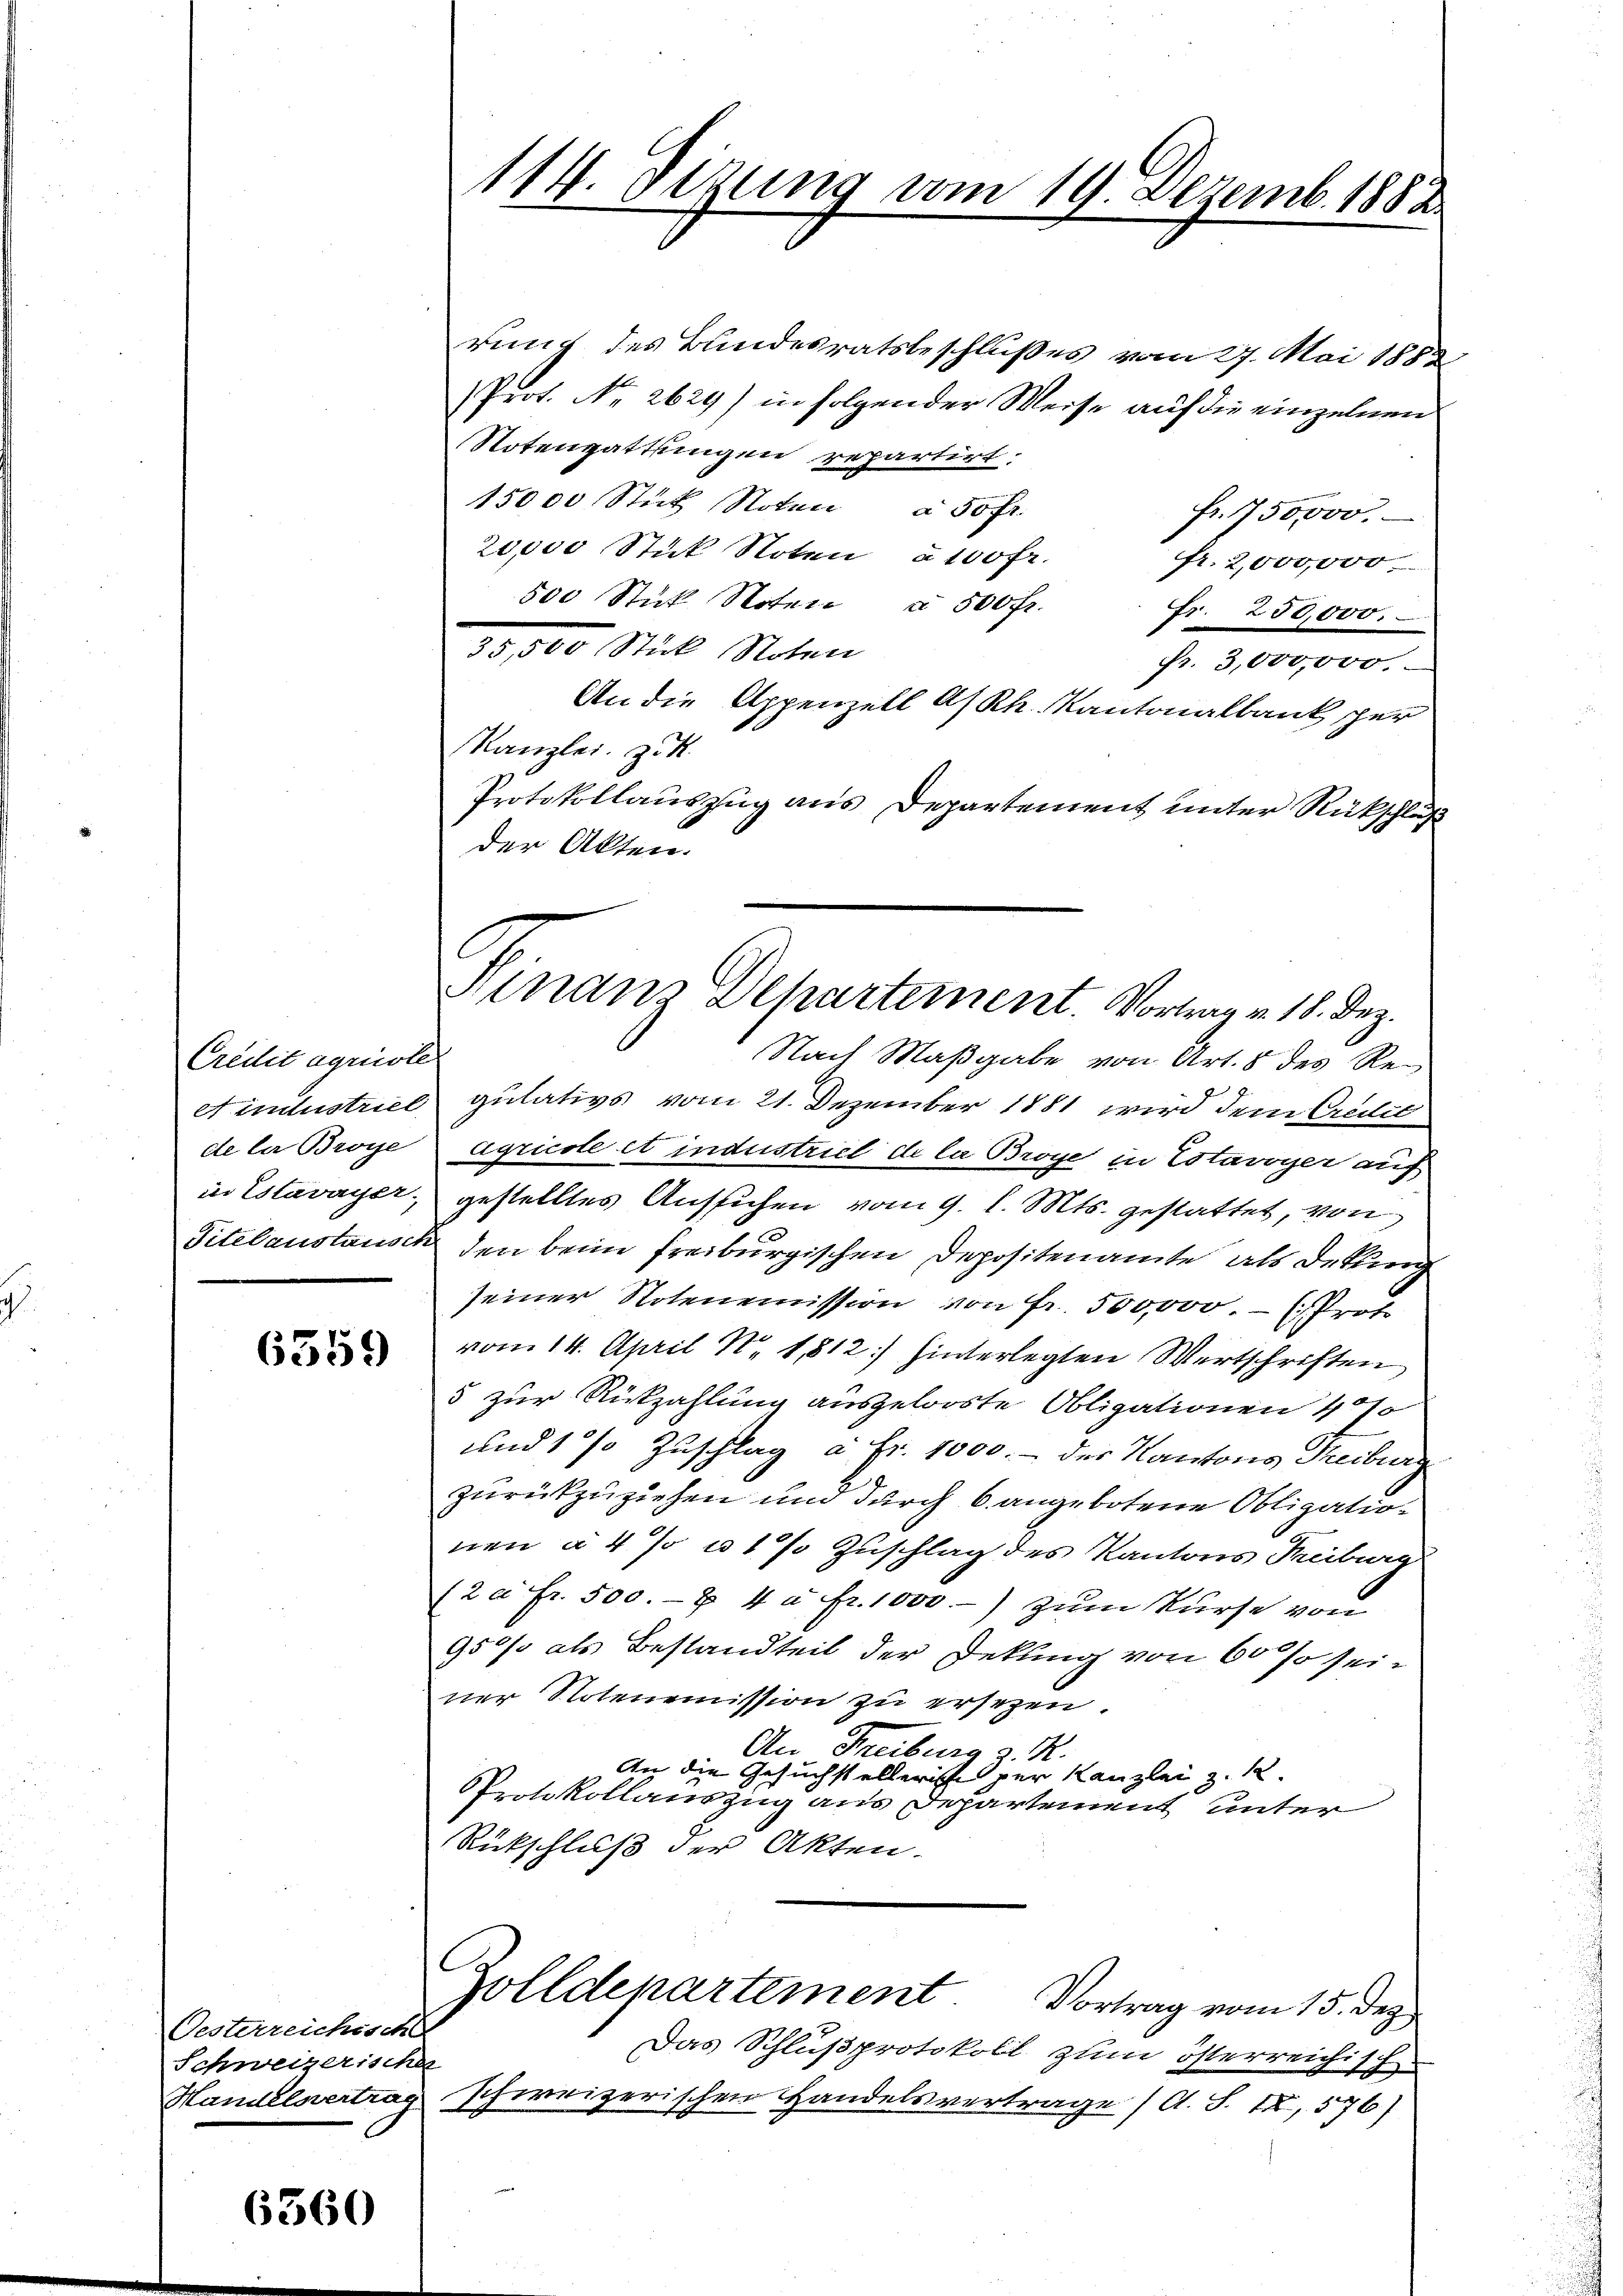
Credit agriste
et industriel
de der Broye
in Estavayer.
Titelaustausch

6559

Oesterreichische
Schweizerischer
Handelsvertrag

6560

114. Sitzung vom 19. Dezemb. 1888

Hinaus Departement. Vortrag v. 18. Dez.

rung des Bundesratsbeschlußes vom 27. Mai 1883
Prot. No 2629) in folgender Weise auf die einzelnen
Totengattungen repartirt.
15000 Stick Noten à 50 fr.
fr. 750,000.
20,000 Stück Noten à 100 fr.
fr. 2,000,000
500 Stück Noten § 500 Fr.
Fr. 250,000.
35,500 Stück Noten
fr. 3,000,000.
An die Appenzell A/Rh. Kantonalbank per
Kanzlei z. R.
Protokollauszug aus Departement unter Rückschluß
der Akten.
Nach Maßgabe von Art. 8 des Regulativs vom 21. Dezember 1881 wird dem Credit
Agricole et industriel de la Broye in Estavoyer auf
gestelltes Aussichen vom 9. l. Mts. gestattet, von
den beim Freiburgischen Depositenamte als Detung
seiner Notenemission von Fr. 500,000.- (Prot
vom 14. April N. 1812.) hinterlegten Wertschriften
5 zur Rückzahlung ausgelooste Obligationen 400
und 1 % Zuschlag a. fr. 1000.- der Kantons Treiburg
zurückzuziehen und durch 6 angebotene Obligation
nen à 4% 11% Zuschlag des Kantons Fribourg
122 fr. 500. & 4 à Fr. 1000.-) zum Kurse von
950% als Bestandteil der Dekung von 60 so seiner Notenemission zu ersezen.
An Freiburg d. R.
An die Gesuchstellericht der Kanzlei z. 12.
Protokollauszug aus Departement unter
Rückschluß der Akten.
Zolldenartement Vortrag vom 15. dez
Das Schlußprotokoll zum österreichisch
schweizerischen Handelsvertrage (A. S. 12,576)